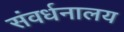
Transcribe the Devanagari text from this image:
संवर्धनालय